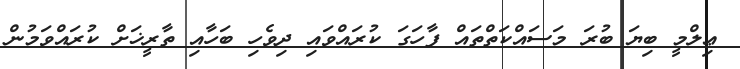
ޢިލްމީ ބިޔަ ބުރަ މަސައްކަތްތައް ފާހަގަ ކުރައްވައި ދިވެހި ބަހާއި ތާރީޚަށް ކުރައްވަމުން